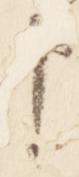
申